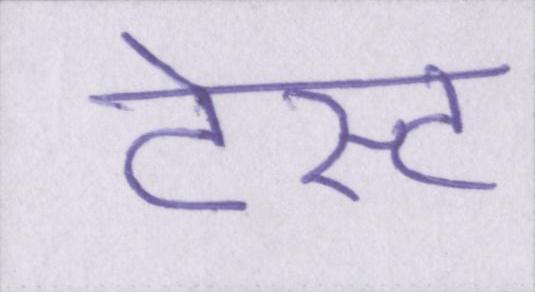
टेस्ट